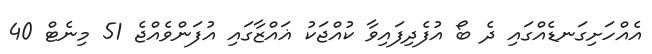
އެއްހަށިގަނޑެއްގައި ދެ ބޯ އުފެދިފައިވާ ކުއްޖަކު ޣައްޒާގައި އުފަންވެއްޖެ 51 މިނެޓް 40